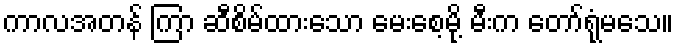
ကာလအတန် ကြာ ဆီစိမ်ထားသော မေးစေ့မို့ မီးက တော်ရုံမသေ။